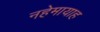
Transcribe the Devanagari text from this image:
नहेमायाह